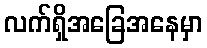
လက်ရှိအခြေအနေမှာ